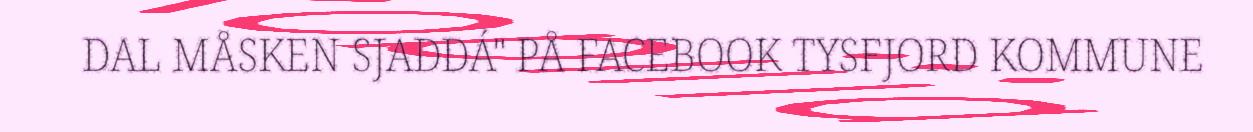
DAL MÅSKEN SJADDÁ" PÅ FACEBOOK TYSFJORD KOMMUNE